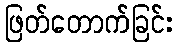
ဖြတ်တောက်ခြင်း